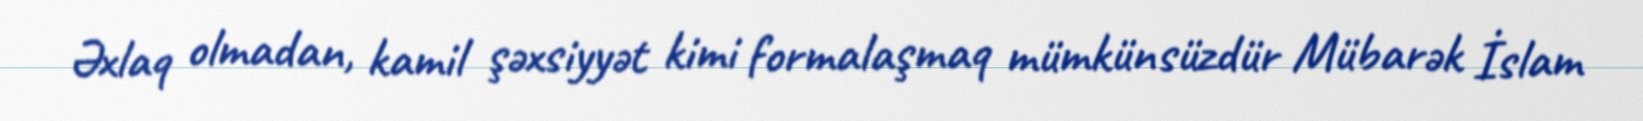
Əxlaq olmadan, kamil şəxsiyyət kimi formalaşmaq mümkünsüzdür Mübarək İslam